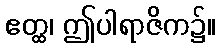
ဧတ္ထ၊ ဤပါရာဇိက၌။